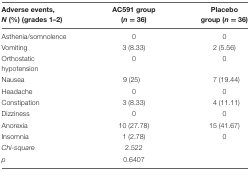
| Adverse events,N (%) (grades 1–2) | AC591 group (n = 36) | Placebo group (n = 36) |
 | --- | --- | --- |
 | Asthenia/somnolence | 0 | 0 |
 | Vomiting | 3 (8.33) | 2 (5.56) |
 | Orthostatic hypotension | 0 | 0 |
 | Nausea | 9 (25) | 7 (19.44) |
 | Headache | 0 | 0 |
 | Constipation | 3 (8.33) | 4 (11.11) |
 | Dizziness | 0 | 0 |
 | Anorexia | 10 (27.78) | 15 (41.67) |
 | Insomnia | 1 (2.78) | 0 |
 | Chi-square | 2.522 |  |
 | p | 0.6407 |  |